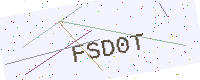
Text: FSD0T